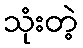
သုံးတဲ့